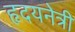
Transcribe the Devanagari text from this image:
हृदयनेत्री